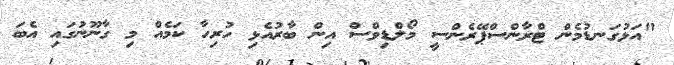
"އަޅުގަނޑުމެން ޓްރާންސްޕޭރެންސީ މޯލްޑިވްސް އިން ބާރުއެޅި ހުރިހާ ކަމެއް މި ގާނޫނުގައި އެބަ